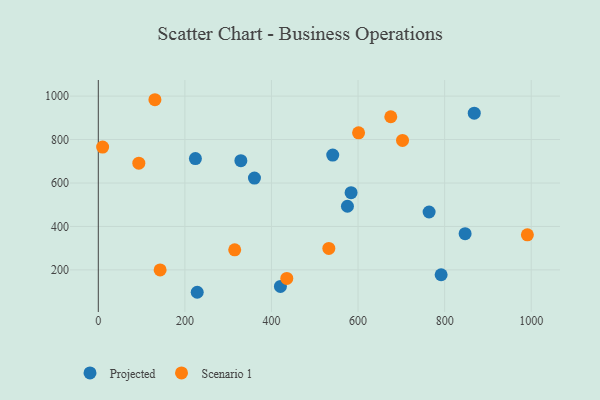
{"axis": {"x": "Study Hours", "y": "Sales"}, "legend": ["Projected", "Scenario 1"], "data": [{"x": "583.9", "y": 555.3, "type": "Projected"}, {"x": "791.9", "y": 177.7, "type": "Projected"}, {"x": "847.3", "y": 366.7, "type": "Projected"}, {"x": "764.1", "y": 466.6, "type": "Projected"}, {"x": "541.5", "y": 728.8, "type": "Projected"}, {"x": "329.3", "y": 702.6, "type": "Projected"}, {"x": "420.7", "y": 124.1, "type": "Projected"}, {"x": "868.4", "y": 921.7, "type": "Projected"}, {"x": "224.3", "y": 712.3, "type": "Projected"}, {"x": "228.5", "y": 97.0, "type": "Projected"}, {"x": "575.5", "y": 493.1, "type": "Projected"}, {"x": "360.7", "y": 622.9, "type": "Projected"}, {"x": "675.6", "y": 905.0, "type": "Scenario 1"}, {"x": "435.4", "y": 160.9, "type": "Scenario 1"}, {"x": "142.8", "y": 200.0, "type": "Scenario 1"}, {"x": "991.1", "y": 361.4, "type": "Scenario 1"}, {"x": "93.6", "y": 691.1, "type": "Scenario 1"}, {"x": "10.0", "y": 765.4, "type": "Scenario 1"}, {"x": "532.5", "y": 298.7, "type": "Scenario 1"}, {"x": "315.1", "y": 292.4, "type": "Scenario 1"}, {"x": "130.8", "y": 983.4, "type": "Scenario 1"}, {"x": "702.7", "y": 796.0, "type": "Scenario 1"}, {"x": "601.2", "y": 830.9, "type": "Scenario 1"}]}